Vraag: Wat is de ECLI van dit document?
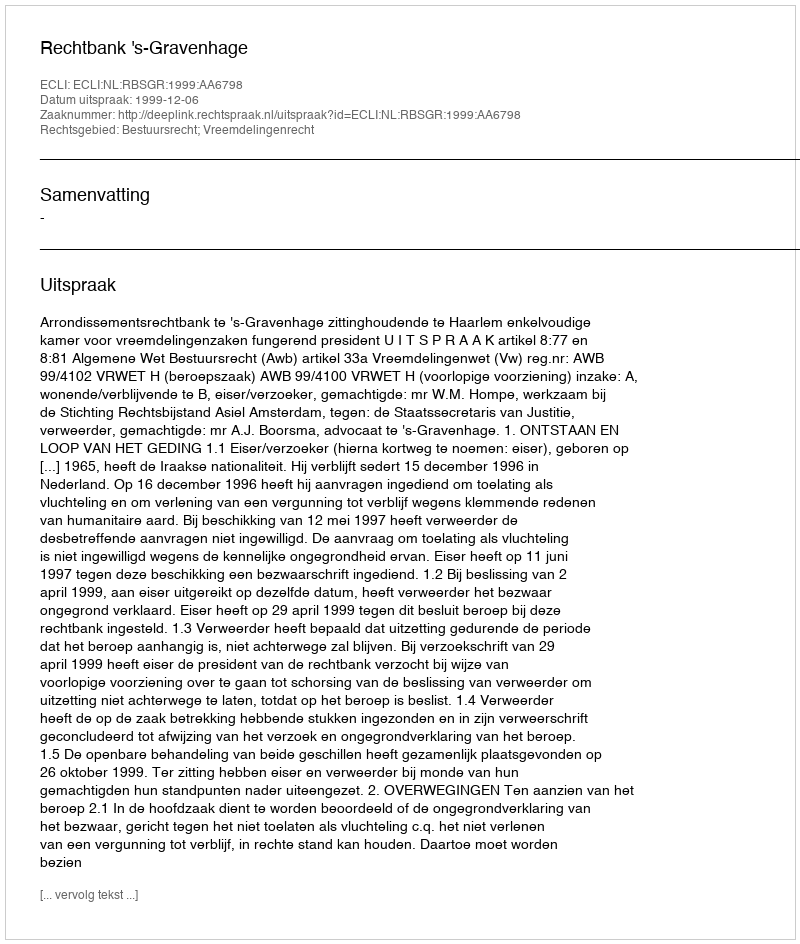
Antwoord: ECLI:NL:RBSGR:1999:AA6798